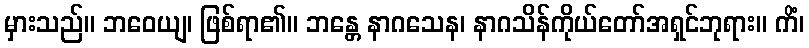
မှားသည်။ ဘဝေယျ၊ ဖြစ်ရာ၏။ ဘန္တေ နာဂသေန၊ နာဂသိန်ကိုယ်တော်အရှင်ဘုရား။ ကိံ၊